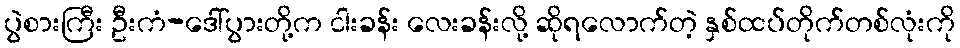
ပွဲစားကြီး ဦးကံ-ဒေါ်ပွားတို့က ငါးခန်း လေးခန်းလို့ ဆိုရလောက်တဲ့ နှစ်ထပ်တိုက်တစ်လုံးကို